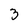
Character: 3